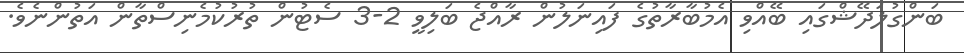
ބަންގުލަދޭޝްގައި ބޭއްވި އެމުބާރާތުގެ ފައިނަލުން ރާއްޖެ ބަލިވީ 2-3 ސެޓުން ތުރުކުމެނިސްތާން އަތުންނެވެ.